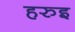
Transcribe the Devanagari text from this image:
हरुइ